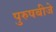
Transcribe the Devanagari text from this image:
पुरुषबीजे